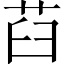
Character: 𦭻